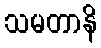
သမတာနိ